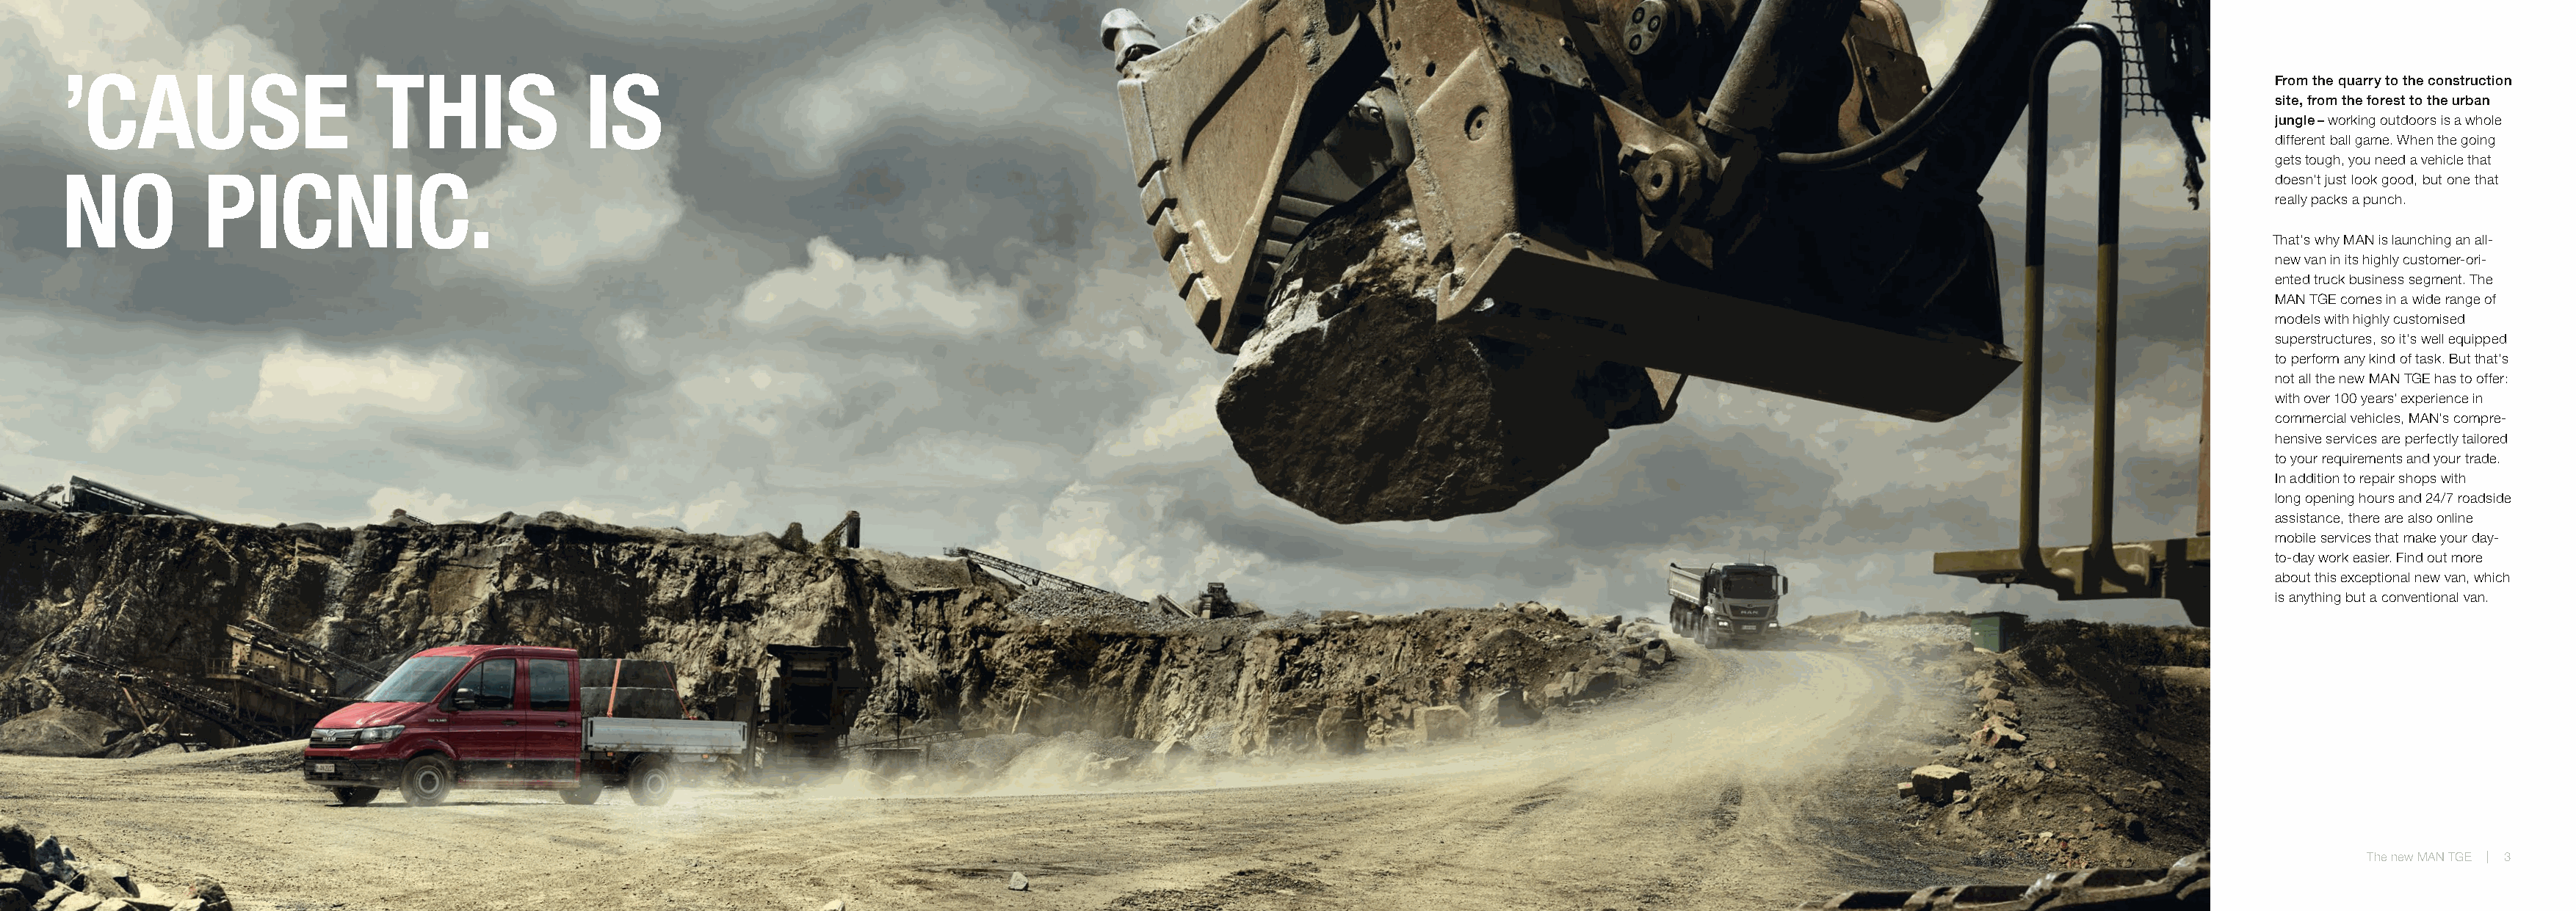
’CAUSE                      THIS               IS
 From the quarry to the construction
 site, from the forest to the urban
 jungle – working outdoors is a whole
 different ball game. When the going
 gets tough, you need a vehicle that
 NO          PICNIC.
 doesn’t just look good, but one that
 really packs a punch.
 That’s why MAN is launching an all-
 new van in its highly customer-ori-
 ented truck business segment. The
 MAN TGE comes in a wide range of
 models with highly customised
 superstructures, so it’s well equipped
 to perform any kind of task. But that’s
 not all the new MAN TGE has to offer:
 with over 100 years’ experience in
 commercial vehicles, MAN’s compre-
 hensive services are perfectly tailored
 to your requirements and your trade.
 In addition to repair shops with
 long opening hours and 24/7 roadside
 assistance, there are also online
 mobile services that make your day-
 to-day work easier. Find out more
 about this exceptional new van, which
 is anything but a conventional van.
 The new MAN TGE | 3